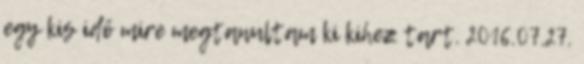
egy kis idő mire megtanultam ki kihez tart. 2016.07.27.